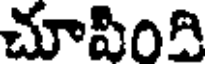
చూపింది